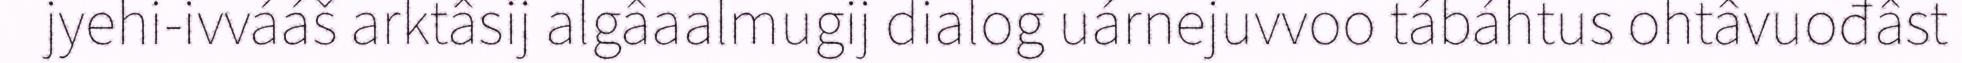
jyehi-ivvááš arktâsij algâaalmugij dialog uárnejuvvoo tábáhtus ohtâvuođâst